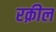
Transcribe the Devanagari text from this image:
रक़ील